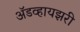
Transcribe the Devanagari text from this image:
अॅडव्हायझरी